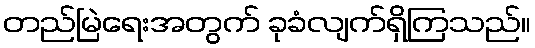
တည်မြဲရေးအတွက် ခုခံလျက်ရှိကြသည်။